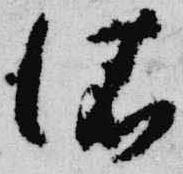
依